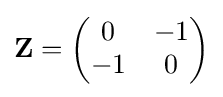
\mathbf {Z} ={\begin{pmatrix}0&-1\\-1&0\end{pmatrix}}